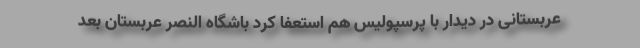
عربستانی در دیدار با پرسپولیس هم استعفا کرد باشگاه النصر عربستان بعد